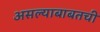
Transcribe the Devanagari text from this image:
असल्याबाबतची